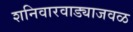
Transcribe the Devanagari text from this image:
शनिवारवाड्याजवळ